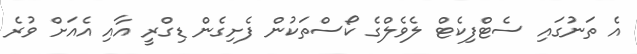
އެ ތަނުގައި ސެޓްފިކެޓް ލެވެލްގެ ކޯސްތަކުން ފެށިގެން ޑިގްރީ އާއި އެއަށް ވުރެ